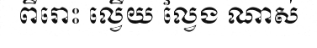
ពីរោះ ល្វើយ ល្វែង ណាស់